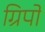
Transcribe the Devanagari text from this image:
ग्रिपों